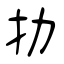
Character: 扐